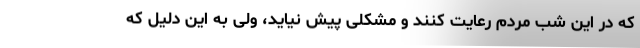
که در این شب مردم رعایت کنند و مشکلی پیش نیاید، ولی به این دلیل که